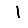
Digit: 1